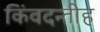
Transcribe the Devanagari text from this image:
किंवदन्तीह